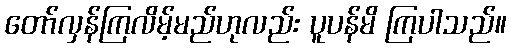
တော်လှန်ကြလိမ့်မည်ဟုလည်း ပူပန်မိ ကြပါသည်။